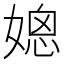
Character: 𰌒